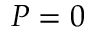
P = 0